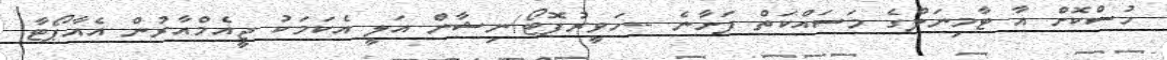
ހުސްކޮށް އާ ޓާމިނަލްގެ މަސައްކަތް ފަށާނެ --ހަވީރުފޮޓޯ/ނިޝާން އަލީ އެކަމަކު ޖީއެމްއާރުން އެއާޕޯޓާ